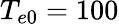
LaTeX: T_{e0}=100